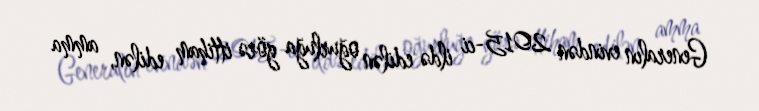
Generalın evindən 2015-ci ildə edilən oğurluğa görə ittiham edilən, amma